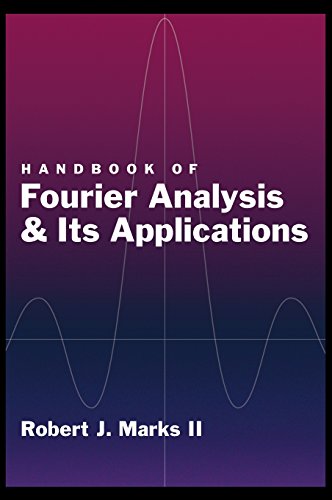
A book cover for Handbook of Fourier Analysis & Its Applications; Robert J Marks II; Science & Math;